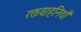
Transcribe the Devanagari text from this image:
रक्तवाहनियाँ